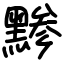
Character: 黪